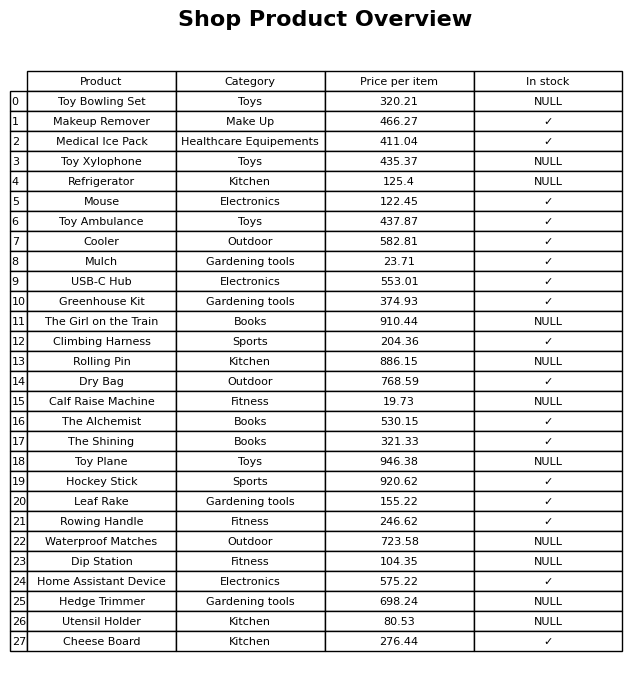
question: Which products are currently out of stock?
answer: Toy Bowling Set, Toy Xylophone, Refrigerator, The Girl on the Train, Rolling Pin, Calf Raise Machine, Toy Plane, Waterproof Matches, Dip Station, Hedge Trimmer, Utensil Holder